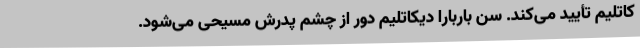
کاتلیم تأیید می‌کند. سن باربارا دیکاتلیم دور از چشم پدرش مسیحی می‌شود.